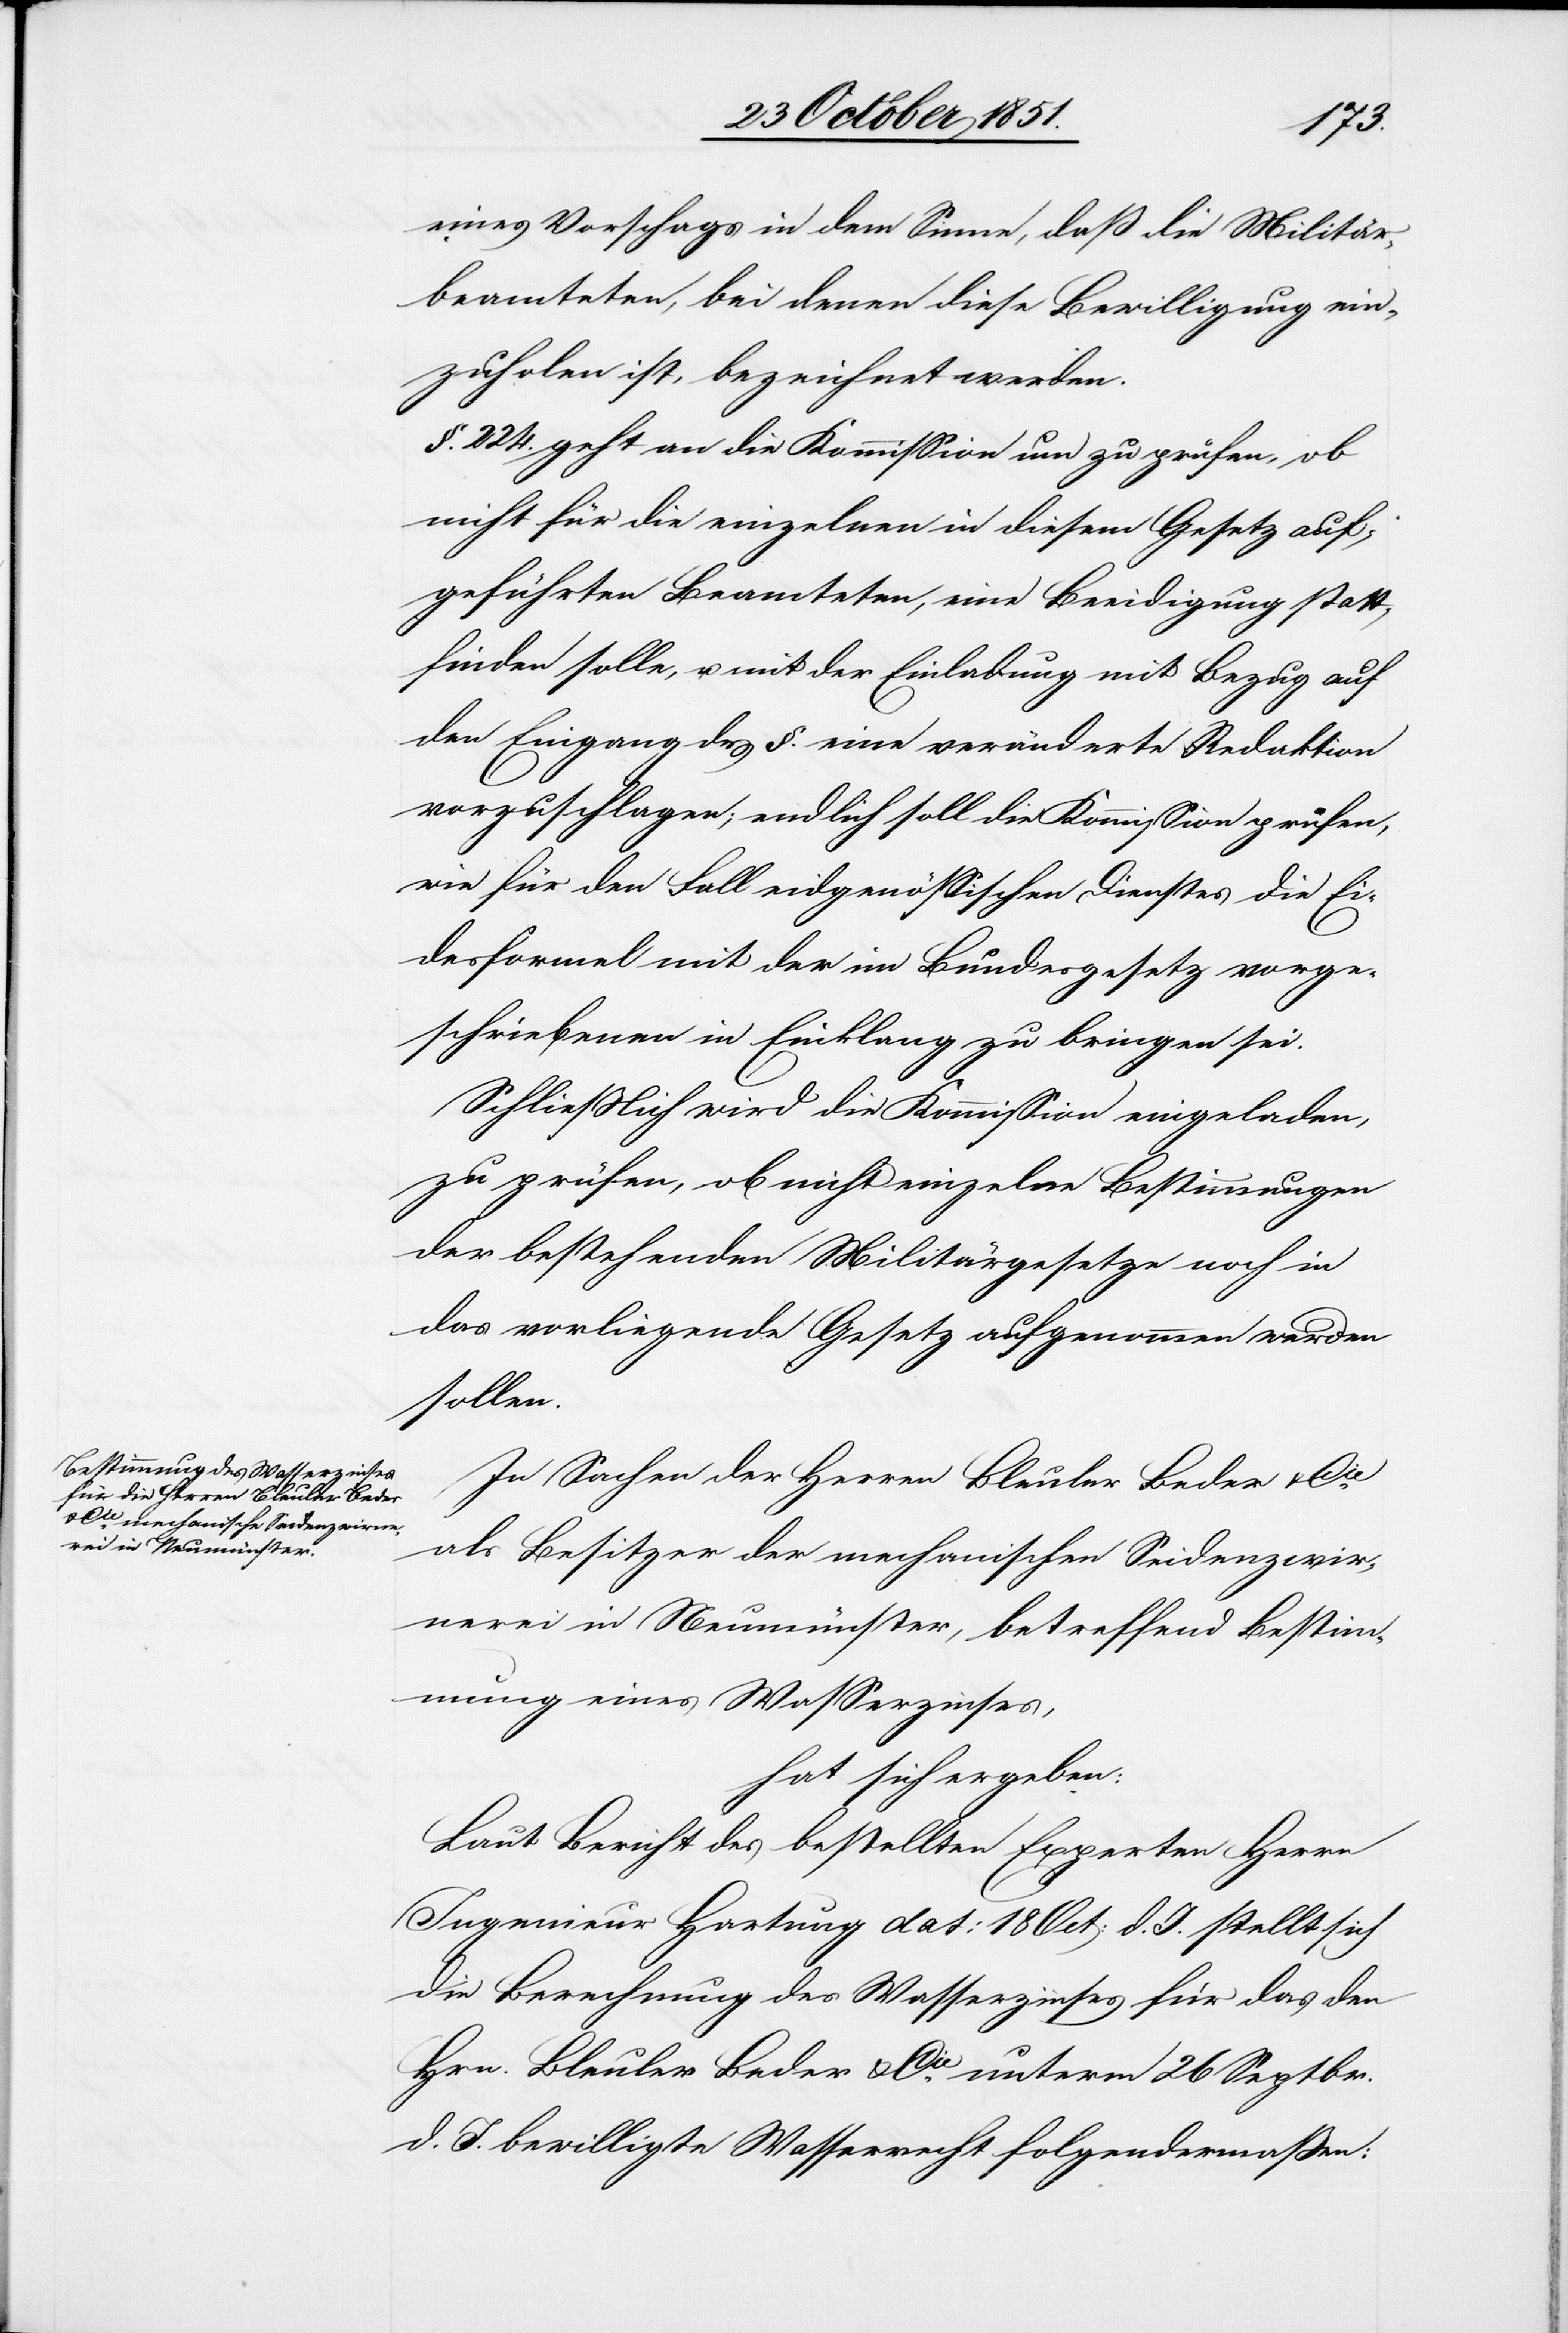
eines Vorsch[l]ags in dem Sinne, daß die Militär¬
beamteten, bei denen diese Bewilligung ein¬
zuholen ist, bezeichnet werden.
§. 224. geht an die Kommission um zu prüfen, ob
nicht für die einzelnen in diesem Gesetz auf¬
geführten Beamteten, eine Beeidigung statt¬
finden solle, u. mit der Einladung mit Bezug auf
den Eingang des §. eine veränderte Redaktion
vorzuschlagen; endlich soll die Kommission prüfen,
wie für den Fall eidgenössischen Dienstes die Ei¬
desformel mit der im Bundesgesetz vorge¬
schriebenen in Einklang zu bringen sei.
Schließlich wird die Kommission eingeladen,
zu prüfen, ob nicht einzelne Bestimmungen
der bestehenden Militärgesetze noch in
das vorliegende Gesetz aufgenommen werden
sollen.
In Sachen der Herren Bleuler Beder & Cie.
als Besitzer der mechanischen Seidenzwir¬
nerei in Neumünster, betreffend Bestimm¬
ung eines Wasserzinses,
hat sich ergeben:
Laut Bericht des bestellten Experten Herrn
Ingenieur Hartung dat: 18 Oct: d. J. stellt sich
die Berechnung des Wasserzinses für das den
Hrn. Bleuler Beder & Cie. unterm 26 Septbr.
d. J. bewilligte Wasserrecht folgendermaßen: